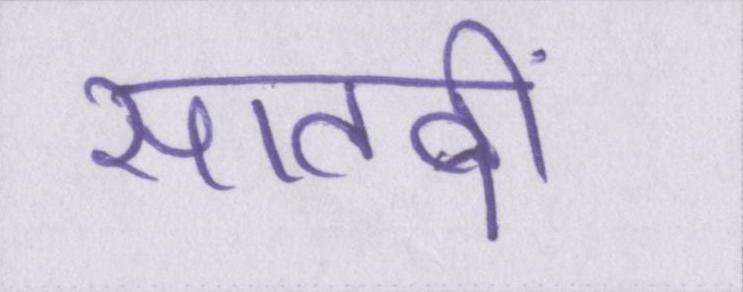
सातवीं